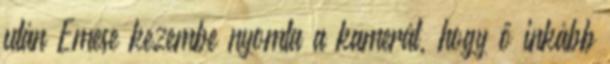
után Emese kezembe nyomta a kamerát, hogy ő inkább